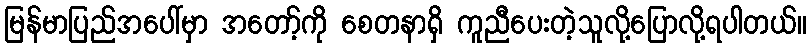
မြန်မာပြည်အပေါ်မှာ အတော့်ကို စေတနာရှိ ကူညီပေးတဲ့သူလို့ပြောလို့ရပါတယ်။